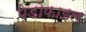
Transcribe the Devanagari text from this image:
पेडोफाइल